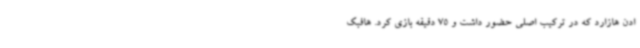
ادن هازارد که در ترکیب اصلی حضور داشت و 75 دقیقه بازی کرد. هافبک